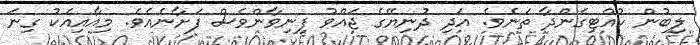
ލިބުން ހުއްޓިގެންދާ ތަނެވެ. އަދި ދުނިޔޭގެ ޖައްވު ފިނިވާންވެސް ފަށާނެއެވެ. މިއާއިއެކު ގިނަ